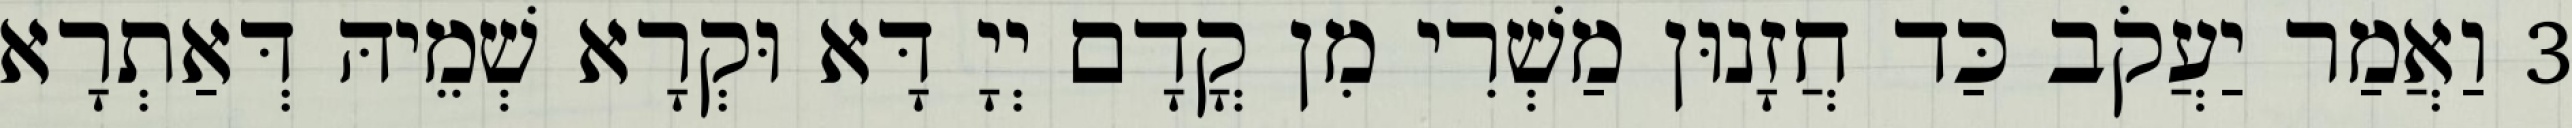
3 וַאֲמַר יַעֲקֹב כַּד חֲזָנוּן מַשְׁרִי מִן קֳדָם יְיָ דָּא וּקְרָא שְׁמֵיהּ דְּאַתְרָא